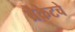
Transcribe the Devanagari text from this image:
ब्रेकेटचे